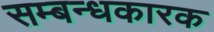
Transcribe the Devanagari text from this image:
सम्बन्धकारक